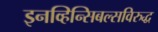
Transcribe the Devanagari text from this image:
इनव्हिन्सिबल्सविरुद्ध